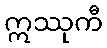
ဣဿုကီ